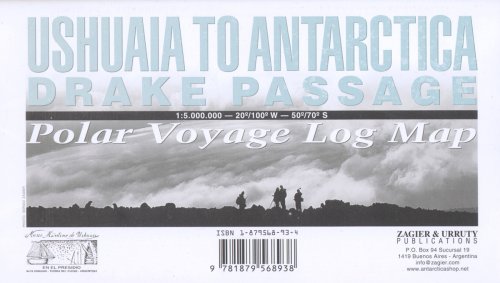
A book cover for Ushuaia to Antarctica - Drake Passage Map: Polar Voyage Log Map; Sergio Zagier; Travel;